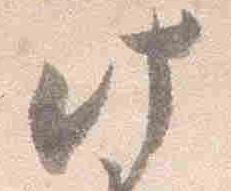
此